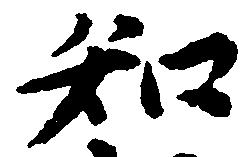
知